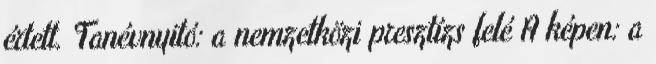
értett. Tanévnyitó: a nemzetközi presztízs felé A képen: a